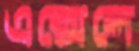
এক্সেলে